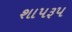
શાપરૂપ